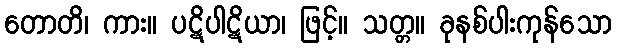
တောတိ၊ ကား။ ပဋိပါဋိယာ၊ ဖြင့်။ သတ္တ။ ခုနစ်ပါးကုန်သော